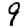
Digit: 9